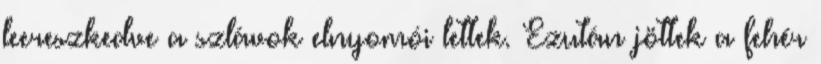
leereszkedve a szlávok elnyomói lettek. Ezután jöttek a fehér